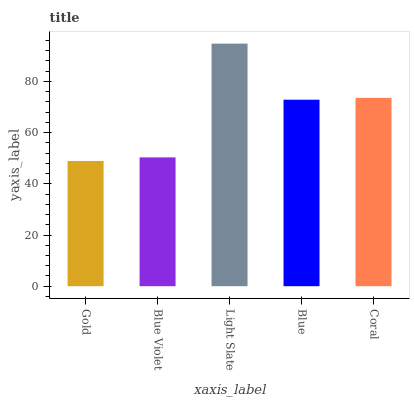
| xaxis_label | bars |
 | --- | --- |
 | Gold | 48.9 |
 | Blue Violet | 50.3 |
 | Light Slate | 94.8 |
 | Blue | 72.9 |
 | Coral | 73.6 |